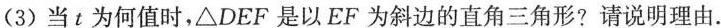
(3)当t为何值时，△DEF是以EF为斜边的直角三角形?请说明理由.